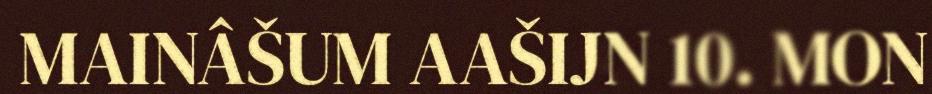
MAINÂŠUM AAŠIJN 10. MON